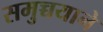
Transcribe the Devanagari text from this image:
समुच्चयाने